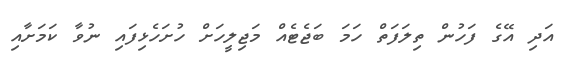
އަދި އޭގެ ފަހުން ތިލަފަތް ހަމަ ބަޖެޓެއް މަޖިލީހަށް ހުށަހެޅިފައި ނުވާ ކަަމަށާއި